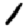
Digit: 1